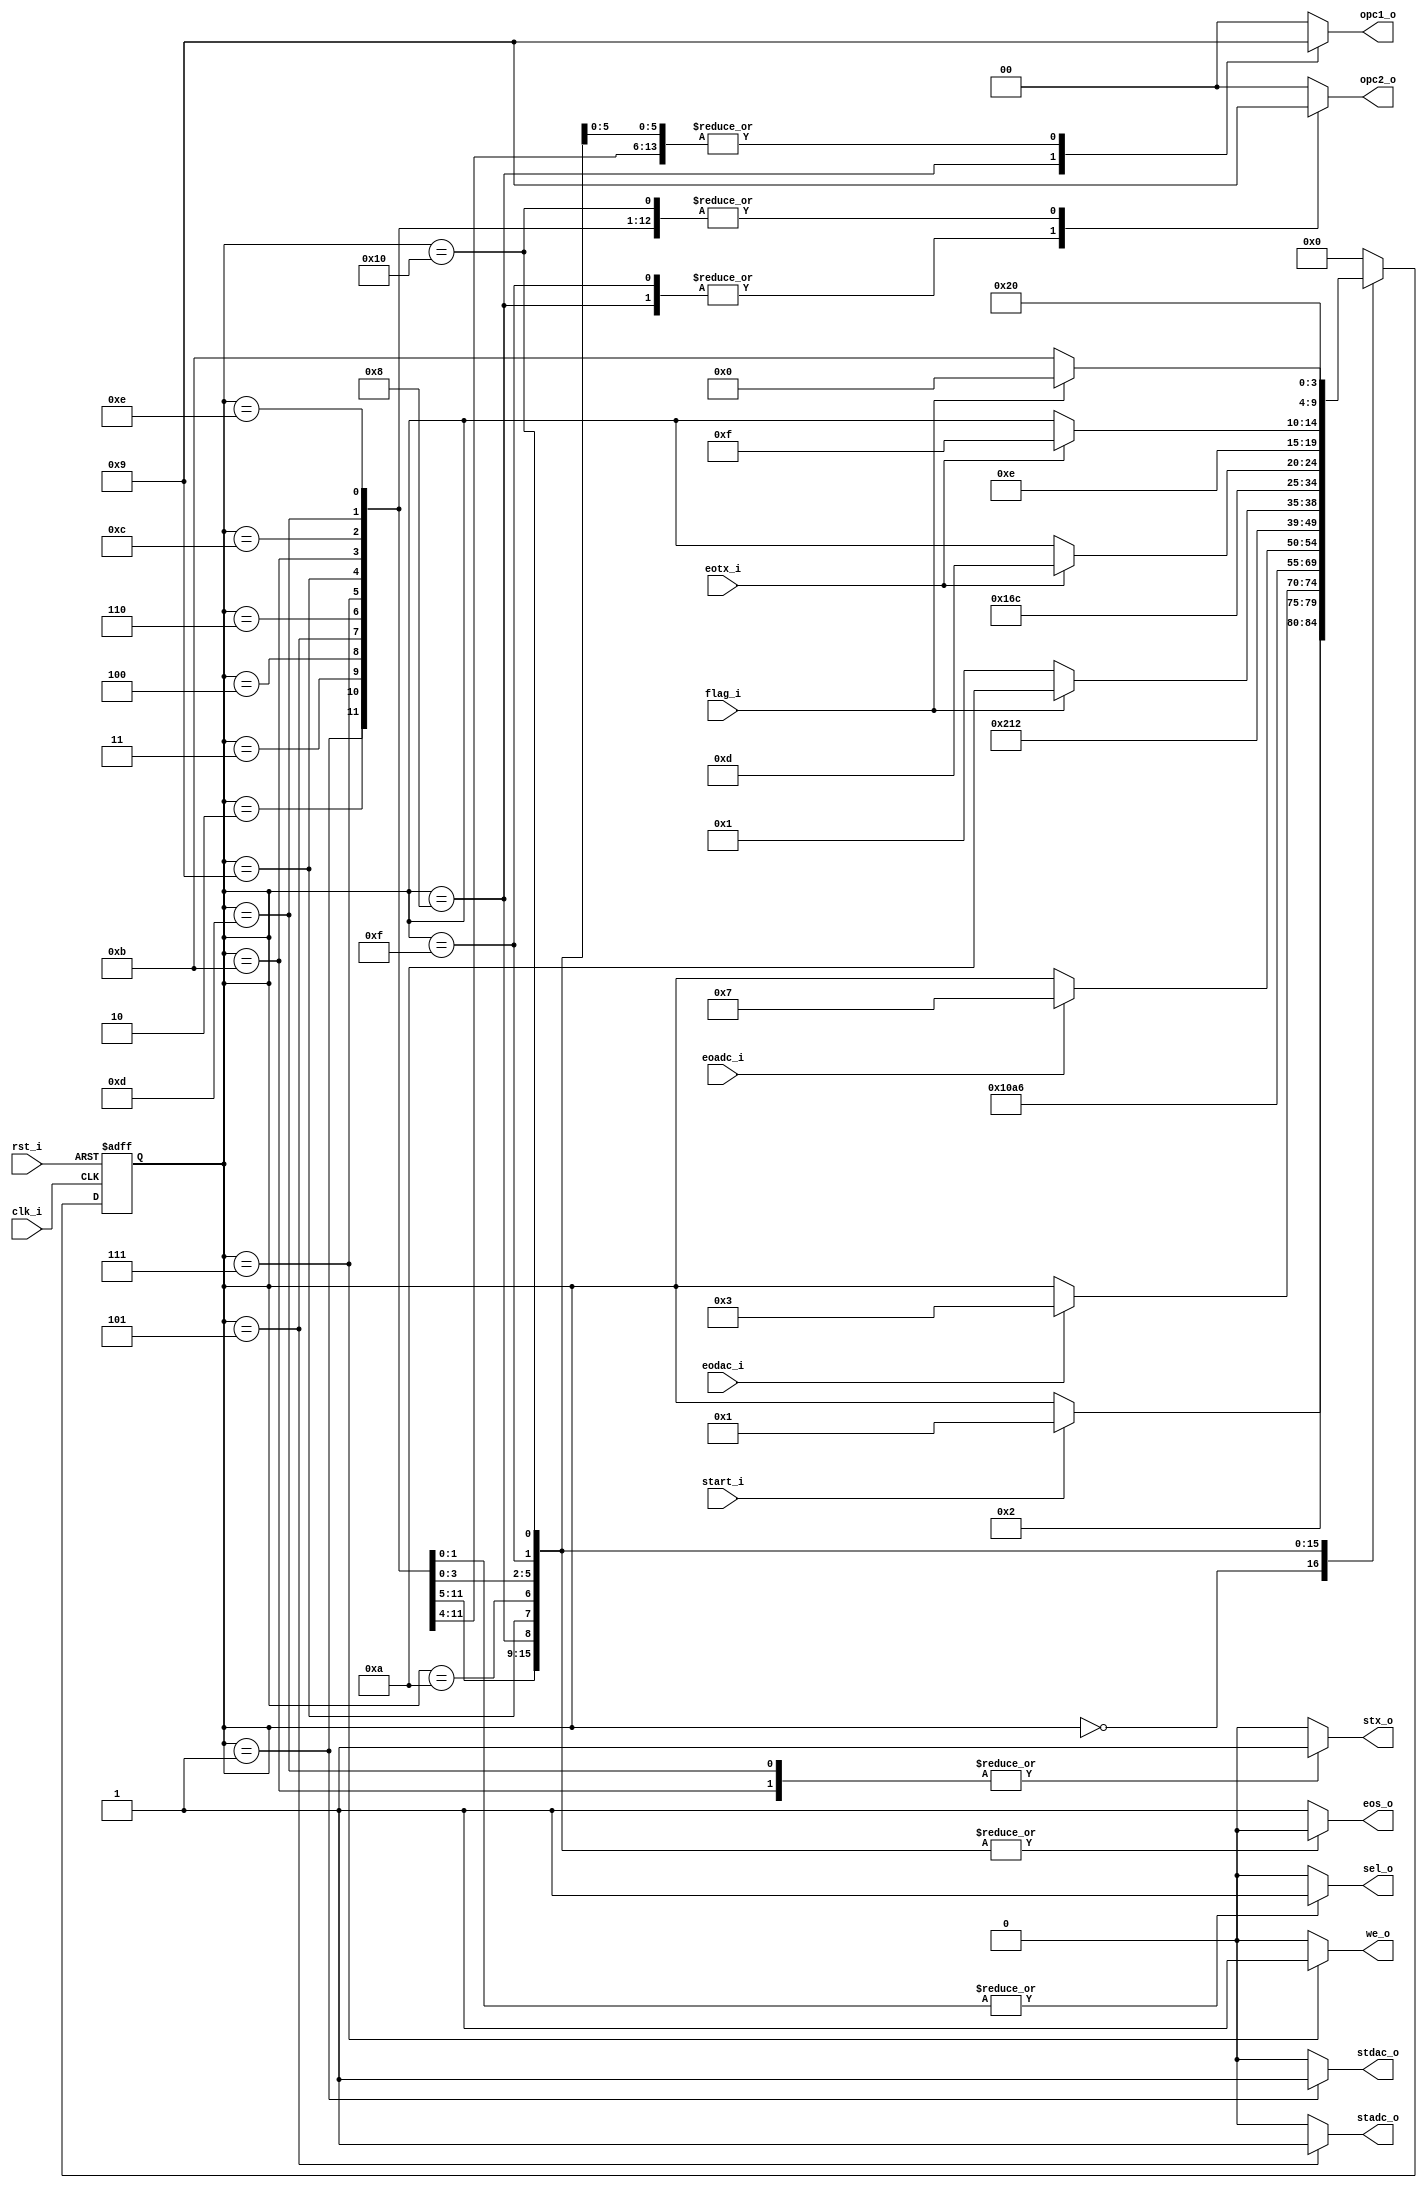
// Name: fsm_spiw.v
//
// Description: Maquina de estados utilizada para controlar (escribir) el ADC.

module fsm_dac_adc_tx (
  input            rst_i,
  input            clk_i,
  input            start_i,
  input            eodac_i,
  input            eoadc_i,
  input            eotx_i,
  input            flag_i,
  output reg       stdac_o,
  output reg       stadc_o,
  output reg       stx_o,
  output reg [1:0] opc1_o,
  output reg [1:0] opc2_o,
  output reg       we_o,
  output reg       sel_o,
  output reg       eos_o
);

  localparam [4:0]  s0 = 5'b00000, // 
                    s1 = 5'b00001, // 
                    s2 = 5'b00010, // 
                    s3 = 5'b00011, // 
                    s4 = 5'b00100, // 
                    s5 = 5'b00101, // 
                    s6 = 5'b00110,
				    s7 = 5'b00111,
				    s8 = 5'b01000,
				    s9 = 5'b01001,
				   s10 = 5'b01010,
				   s11 = 5'b01011,
				   s12 = 5'b01100,
				   s13 = 5'b01101,
				   s14 = 5'b01110,
				   s15 = 5'b01111,
				   s16 = 5'b10000; // 


  reg [4:0] present_state, next_state;

  always @(start_i, eodac_i, eoadc_i, eotx_i, flag_i, present_state) begin
    next_state = present_state;
    stdac_o = 1'b0; stadc_o = 1'b0; stx_o = 1'b0; opc1_o = 2'b00; opc2_o = 2'b00; we_o = 1'b0; sel_o = 1'b0; eos_o = 1'b1;
    case (present_state)
       s0 : begin
             stdac_o = 1'b0; stadc_o = 1'b0; stx_o = 1'b0; opc1_o = 2'b00; opc2_o = 2'b00; we_o = 1'b0; sel_o = 1'b0; eos_o = 1'b1;
             if (start_i)
               next_state = s1;
            end

       s1 : begin
             stdac_o = 1'b1; stadc_o = 1'b0; stx_o = 1'b0; opc1_o = 2'b01; opc2_o = 2'b01; we_o = 1'b0; sel_o = 1'b0; eos_o = 1'b0;
             next_state = s2;
            end

       s2 : begin
             stdac_o = 1'b0; stadc_o = 1'b0; stx_o = 1'b0; opc1_o = 2'b01; opc2_o = 2'b01; we_o = 1'b0; sel_o = 1'b0; eos_o = 1'b0;
             if (eodac_i)
               next_state = s3;
            end

       s3 : begin
             stdac_o = 1'b0; stadc_o = 1'b0; stx_o = 1'b0; opc1_o = 2'b01; opc2_o = 2'b01; we_o = 1'b0; sel_o = 1'b0; eos_o = 1'b0;
             next_state = s4;
            end 

       s4 : begin
             stdac_o = 1'b0; stadc_o = 1'b0; stx_o = 1'b0; opc1_o = 2'b01; opc2_o = 2'b01; we_o = 1'b0; sel_o = 1'b0; eos_o = 1'b0;
             next_state = s5;
            end

       s5 : begin
             stdac_o = 1'b0; stadc_o = 1'b1; stx_o = 1'b0; opc1_o = 2'b01; opc2_o = 2'b01; we_o = 1'b0; sel_o = 1'b0; eos_o = 1'b0;
             next_state = s6;
            end		   

       s6 : begin
             stdac_o = 1'b0; stadc_o = 1'b0; stx_o = 1'b0; opc1_o = 2'b01; opc2_o = 2'b01; we_o = 1'b0; sel_o = 1'b0; eos_o = 1'b0;
             if (eoadc_i)
               next_state = s7;
            end		   

       s7 : begin
             stdac_o = 1'b0; stadc_o = 1'b0; stx_o = 1'b0; opc1_o = 2'b01; opc2_o = 2'b01; we_o = 1'b1; sel_o = 1'b0; eos_o = 1'b0;
             next_state = s8;
            end		   

       s8 : begin
             stdac_o = 1'b0; stadc_o = 1'b0; stx_o = 1'b0; opc1_o = 2'b10; opc2_o = 2'b10; we_o = 1'b0; sel_o = 1'b0; eos_o = 1'b0;
             next_state = s9;
            end			   
		   
       s9 : begin
             stdac_o = 1'b0; stadc_o = 1'b0; stx_o = 1'b0; opc1_o = 2'b01; opc2_o = 2'b01; we_o = 1'b0; sel_o = 1'b0; eos_o = 1'b0;
             if (flag_i) begin
			   next_state = s10;
             end else begin
			   next_state = s1;
			 end
            end 

      s10 : begin
             stdac_o = 1'b0; stadc_o = 1'b0; stx_o = 1'b0; opc1_o = 2'b00; opc2_o = 2'b00; we_o = 1'b0; sel_o = 1'b0; eos_o = 1'b0;
             next_state = s11;
            end

      s11 : begin
             stdac_o = 1'b0; stadc_o = 1'b0; stx_o = 1'b1; opc1_o = 2'b01; opc2_o = 2'b01; we_o = 1'b0; sel_o = 1'b0; eos_o = 1'b0;
             next_state = s12;
            end			

      s12 : begin
             stdac_o = 1'b0; stadc_o = 1'b0; stx_o = 1'b0; opc1_o = 2'b01; opc2_o = 2'b01; we_o = 1'b0; sel_o = 1'b0; eos_o = 1'b0;
             if (eotx_i)
			   next_state = s13;
            end			

      s13 : begin
             stdac_o = 1'b0; stadc_o = 1'b0; stx_o = 1'b1; opc1_o = 2'b01; opc2_o = 2'b01; we_o = 1'b0; sel_o = 1'b1; eos_o = 1'b0;
			 next_state = s14;
            end				

      s14 : begin
             stdac_o = 1'b0; stadc_o = 1'b0; stx_o = 1'b0; opc1_o = 2'b01; opc2_o = 2'b01; we_o = 1'b0; sel_o = 1'b1; eos_o = 1'b0;
             if (eotx_i)
			   next_state = s15;
            end				

      s15 : begin
             stdac_o = 1'b0; stadc_o = 1'b0; stx_o = 1'b0; opc1_o = 2'b01; opc2_o = 2'b10; we_o = 1'b0; sel_o = 1'b0; eos_o = 1'b0;
			 next_state = s16;
            end			

      s16 : begin
             stdac_o = 1'b0; stadc_o = 1'b0; stx_o = 1'b0; opc1_o = 2'b01; opc2_o = 2'b01; we_o = 1'b0; sel_o = 1'b0; eos_o = 1'b0;
			 if (flag_i) begin
			   next_state = s0;
			 end else begin
			   next_state = s11;
			 end
            end			
			
      default: begin
                 next_state = s0;
               end
    endcase
  end

  always @(posedge clk_i, posedge rst_i) begin
    if (rst_i)
      present_state <= s0;
    else
      present_state <= next_state;
  end

endmodule